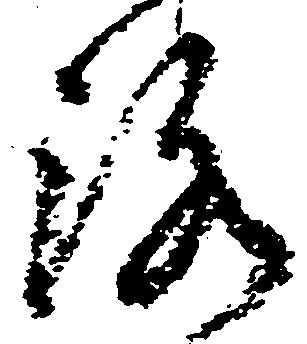
路